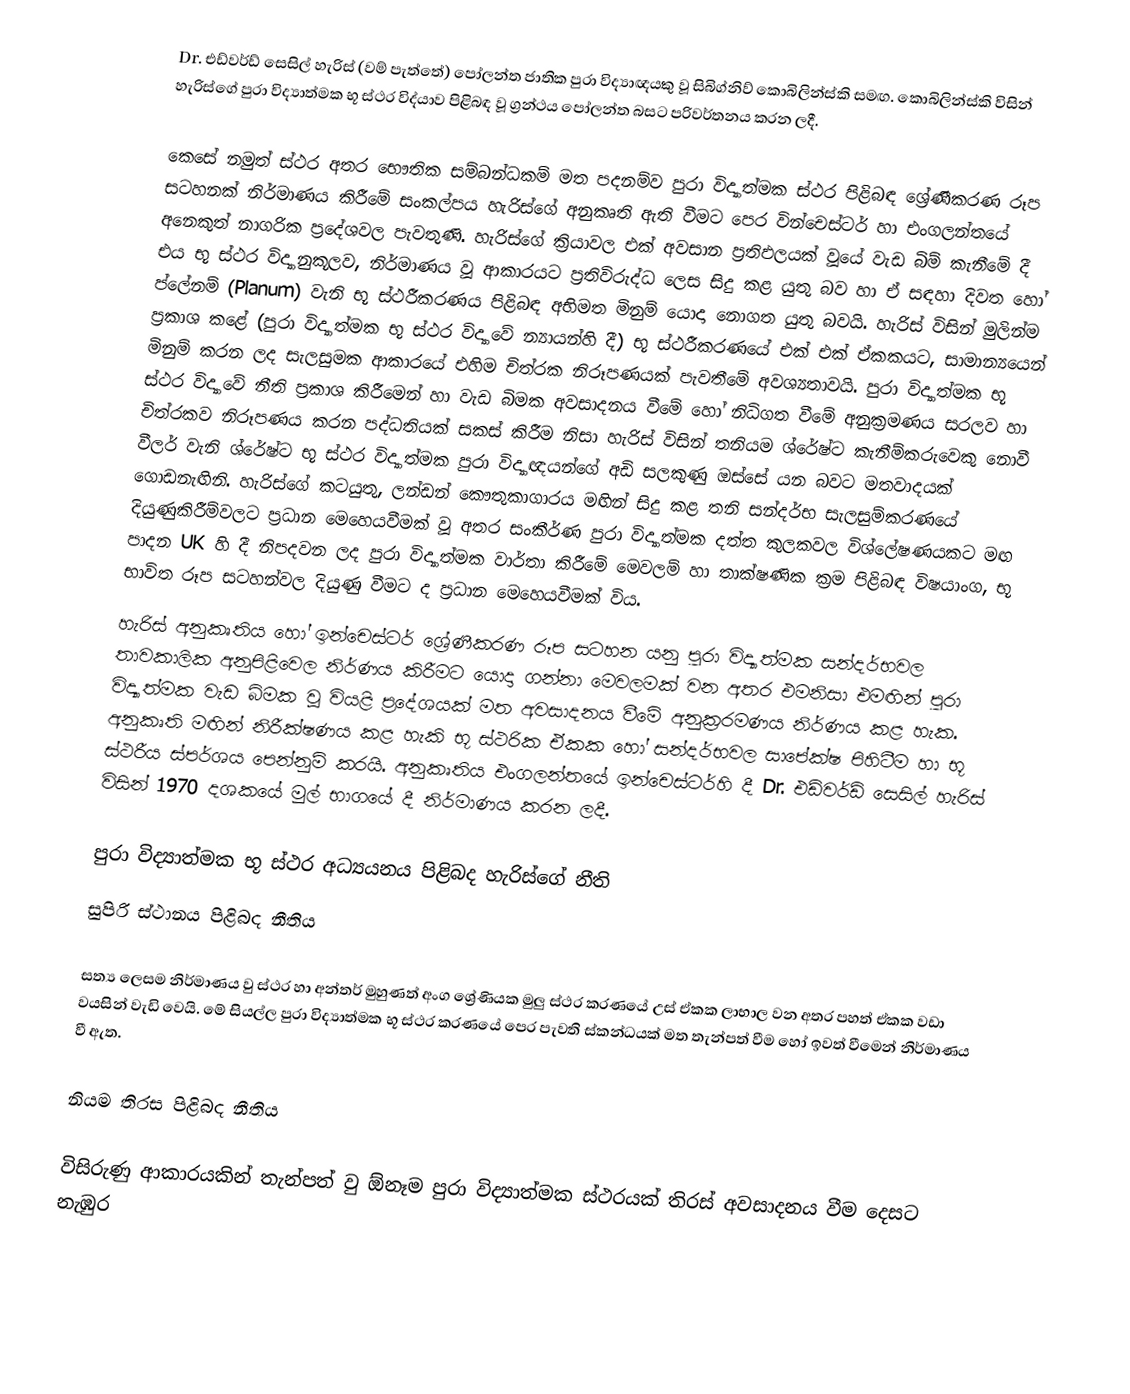
Dr. එඩ්වර්ඩ් සෙසිල් හැරිස් (වම් පැත්තේ) පෝලන්ත ජාතික පුරා විද්‍යාඥයකු වූ සිබිග්නිව් කොබිලින්ස්කි සමඟ. කොබිලින්ස්කි විසින් හැරිස්ගේ පුරා විද්‍යාත්මක භූ ස්ථර විද්යාව පිළිබඳ වූ ග්‍රන්ථය පෝලන්ත බසට පරිවර්තනය කරන ලදී.

කෙසේ නමුත් ස්ථර අතර භෞතික සම්බන්ධකම් මත පදනම්ව පුරා විද්‍යාත්මක ස්ථර පිළිබඳ ශ්‍රේණීකරණ රූප සටහනක් නිර්මාණය කිරීමේ සංකල්පය හැරිස්ගේ අනුකෘති ඇති වීමට පෙර වින්චෙස්ටර් හා එංගලන්තයේ අනෙකුත් නාගරික ප්‍රදේශවල පැවතුණි. හැරිස්ගේ ක්‍රියාවල එක් අවසාන ප්‍රතිඵලයක් වූයේ වැඩ බිම් කැනීමේ දී එය භූ ස්ථර විද්‍යානුකූලව, නිර්මාණය වූ ආකාරයට ප්‍රතිවිරුද්ධ ලෙස සිදු කළ යුතු බව හා ඒ සඳහා දිවත හෝ ප්ලේනම් (Planum) වැනි භූ ස්ථරීකරණය පිළිබඳ අභිමත මිනුම් යොදා නොගත යුතු බවයි. හැරිස් විසින් මුලින්ම ප්‍රකාශ කළේ (පුරා විද්‍යාත්මක භූ ස්ථර විද්‍යාවේ න්‍යායන්හි දී) භූ ස්ථරීකරණයේ  එක් එක් ඒකකයට, සාමාන්‍යයෙන් මිනුම් කරන ලද සැලසුමක ආකාරයේ එහිම චිත්රක නිරූපණයක් පැවතීමේ අවශ්‍යතාවයි. පුරා විද්‍යාත්මක භූ ස්ථර විද්‍යාවේ නීති ප්‍රකාශ කිරීමෙන් හා වැඩ බිමක අවසාදනය වීමේ හෝ නිධිගත වීමේ අනුක්‍රමණය සරලව හා චිත්රකව නිරූපණය කරන පද්ධතියක් සකස් කිරීම නිසා හැරිස් විසින් තනියම ශ්රේෂ්ට කැනීම්කරුවෙකු නොවී වීලර් වැනි ශ්රේෂ්ට භූ ස්ථර විද්‍යාත්මක පුරා විද්‍යාඥයන්ගේ අඩි සලකුණු ඔස්සේ යන බවට මතවාදයක් ගොඩනැඟිනි. හැරිස්ගේ කටයුතු, ලන්ඩන් කෞතුකාගාරය මඟින් සිදු කළ තනි සන්දර්භ සැලසුම්කරණයේ දියුණුකිරීම්වලට ප්‍රධාන මෙහෙයවීමක් වූ අතර සංකීර්ණ පුරා විද්‍යාත්මක දත්ත කුලකවල විශ්ලේෂණයකට මඟ පාදන UK හි දී නිපදවන ලද පුරා විද්‍යාත්මක වාර්තා කිරීමේ මෙවලම් හා තාක්ෂණික ක්‍රම පිළිබඳ විෂයාංග, භූ භාවිත රූප සටහන්වල දියුණු වීමට ද ප්‍රධාන මෙහෙයවීමක් විය.
හැරිස් අනුකෘතිය හෝ ඉන්චෙස්ටර් ශ්‍රේණීකරණ රූප සටහන යනු පුරා විද්‍යාත්මක සන්දර්භවල තාවකාලික අනුපිළිවෙල නිර්ණය කිරීමට යොදා ගන්නා මෙවලමක් වන අතර එමනිසා එමඟින් පුරා විද්‍යාත්මක වැඩ බිමක වූ වියළි ප්‍රදේශයක් මත අවසාදනය වීමේ අනුක්‍රරමණය නිර්ණය කළ හැක. අනුකෘති මඟින් නිරීක්ෂණය කළ හැකි භූ ස්ථරික ඒකක හෝ සන්දර්භවල සාපේක්ෂ පිහිටීම හා භූ ස්ථරීය ස්පර්ශය පෙන්නුම් කරයි. අනුකෘතිය එංගලන්තයේ ඉන්චෙස්ටර්හි දී Dr. එඩ්වර්ඩ් සෙසිල් හැරිස් විසින් 1970 දශකයේ මුල් භාගයේ දී නිර්මාණය කරන ලදී.

පුරා විද්‍යාත්මක භූ ස්ථර අධ්‍යයනය පිළිබද හැරිස්ගේ නීති
සුපිරි ස්ථානය පිළිබද නීතිය

සත්‍ය ලෙසම නිර්මාණය වු ස්ථර හා අන්තර් මුහුණත් අංග ශ්‍රේණියක මුලු ස්ථර කරණයේ උස් ඒකක ලාභාල වන අතර පහත් ඒකක වඩා වයසින් වැඩි වෙයි. මේ සියල්ල පුරා විද්‍යාත්මක භූ ස්ථර කරණයේ පෙර පැවති ස්කන්ධයක් මත තැන්පත් වීම හෝ ඉවත් වීමෙන් නිර්මාණය වී ඇත.

නියම තිරස පිළිබද නීතිය

විසිරුණු ආකාරයකින් තැන්පත් වු ඕනෑම පුරා විද්‍යාත්මක ස්ථරයක් තිරස් අවසාදනය වීම දෙසට නැඹුර